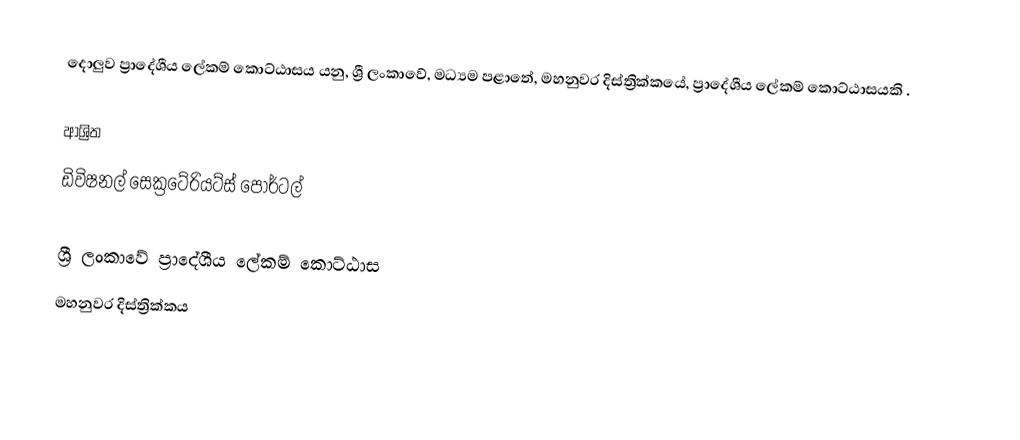
දොලුව ප්‍රාදේශීය ලේකම් කොට්ඨාසය යනු,  ශ්‍රී ලංකාවේ, මධ්‍යම පළාතේ,   මහනුවර දිස්ත්‍රික්කයේ, ප්‍රාදේශීය ලේකම් කොට්ඨාසයකි .

ආශ්‍රිත
 ඩිවිෂනල් සෙක්‍රටේරියට්ස් පෝර්ටල්

ශ්‍රී ලංකාවේ ප්‍රාදේශීය ලේකම් කොට්ඨාස
මහනුවර දිස්ත්‍රික්කය